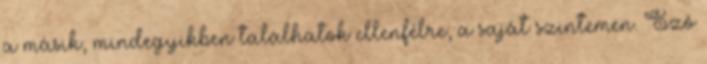
a másik, mindegyikben találhatok ellenfélre, a saját szintemen. Szó